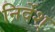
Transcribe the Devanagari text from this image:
निर्देश्